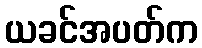
ယခင်အပတ်က